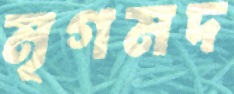
মৃগমদ